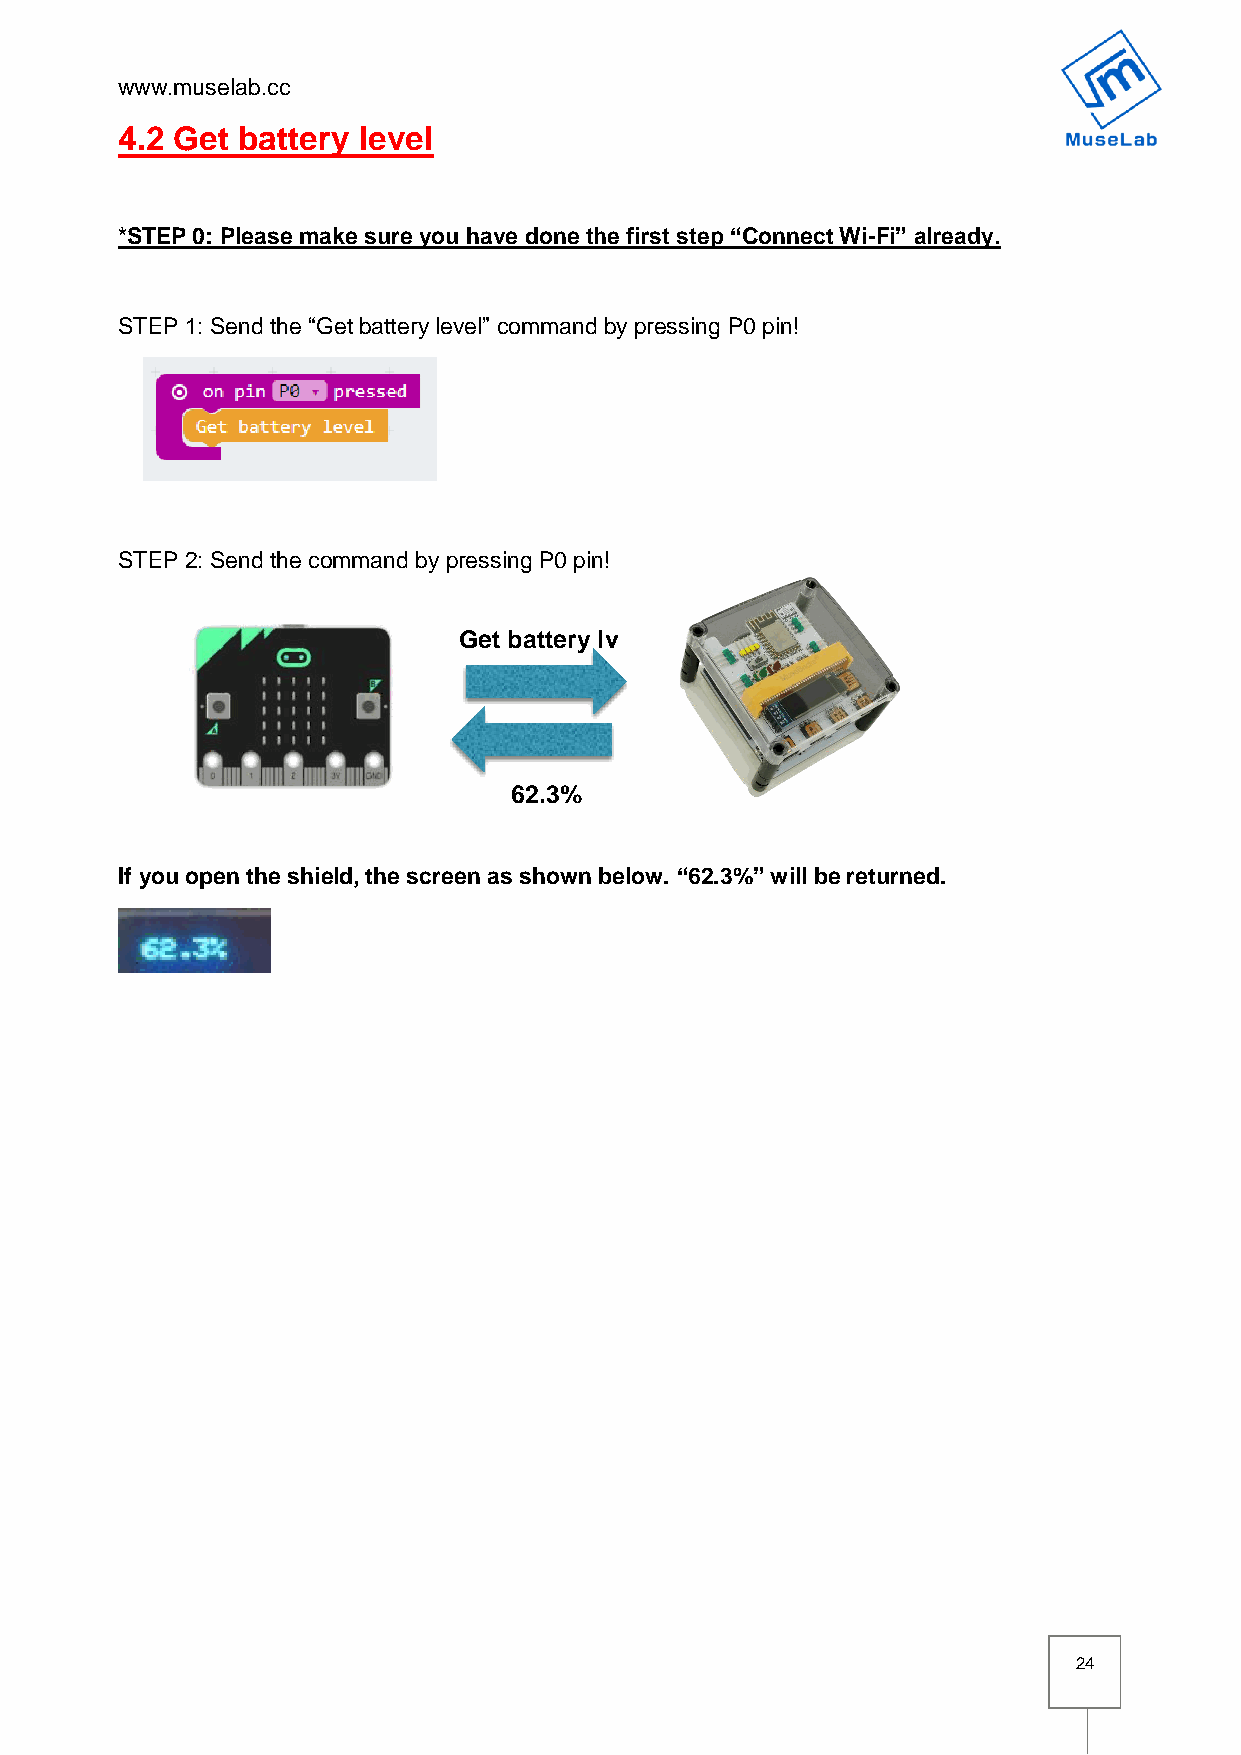
www.muselab.cc
 4.2 Get battery level
 *STEP 0: Please make sure you have done the first step “Connect Wi-Fi” already.
 STEP 1: Send the “Get battery level” command by pressing P0 pin!
 STEP 2: Send the command by pressing P0 pin!
 Get battery lv
 62.3%
 If you open the shield, the screen as shown below. “62.3%” will be returned.
 24